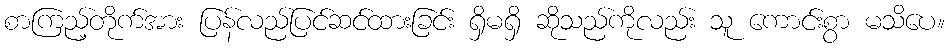
စာကြည့်တိုက်အား ပြန်လည်ပြင်ဆင်ထားခြင်း ရှိမရှိ ဆိုသည်ကိုလည်း သူ ကောင်းစွာ မသိပေ။